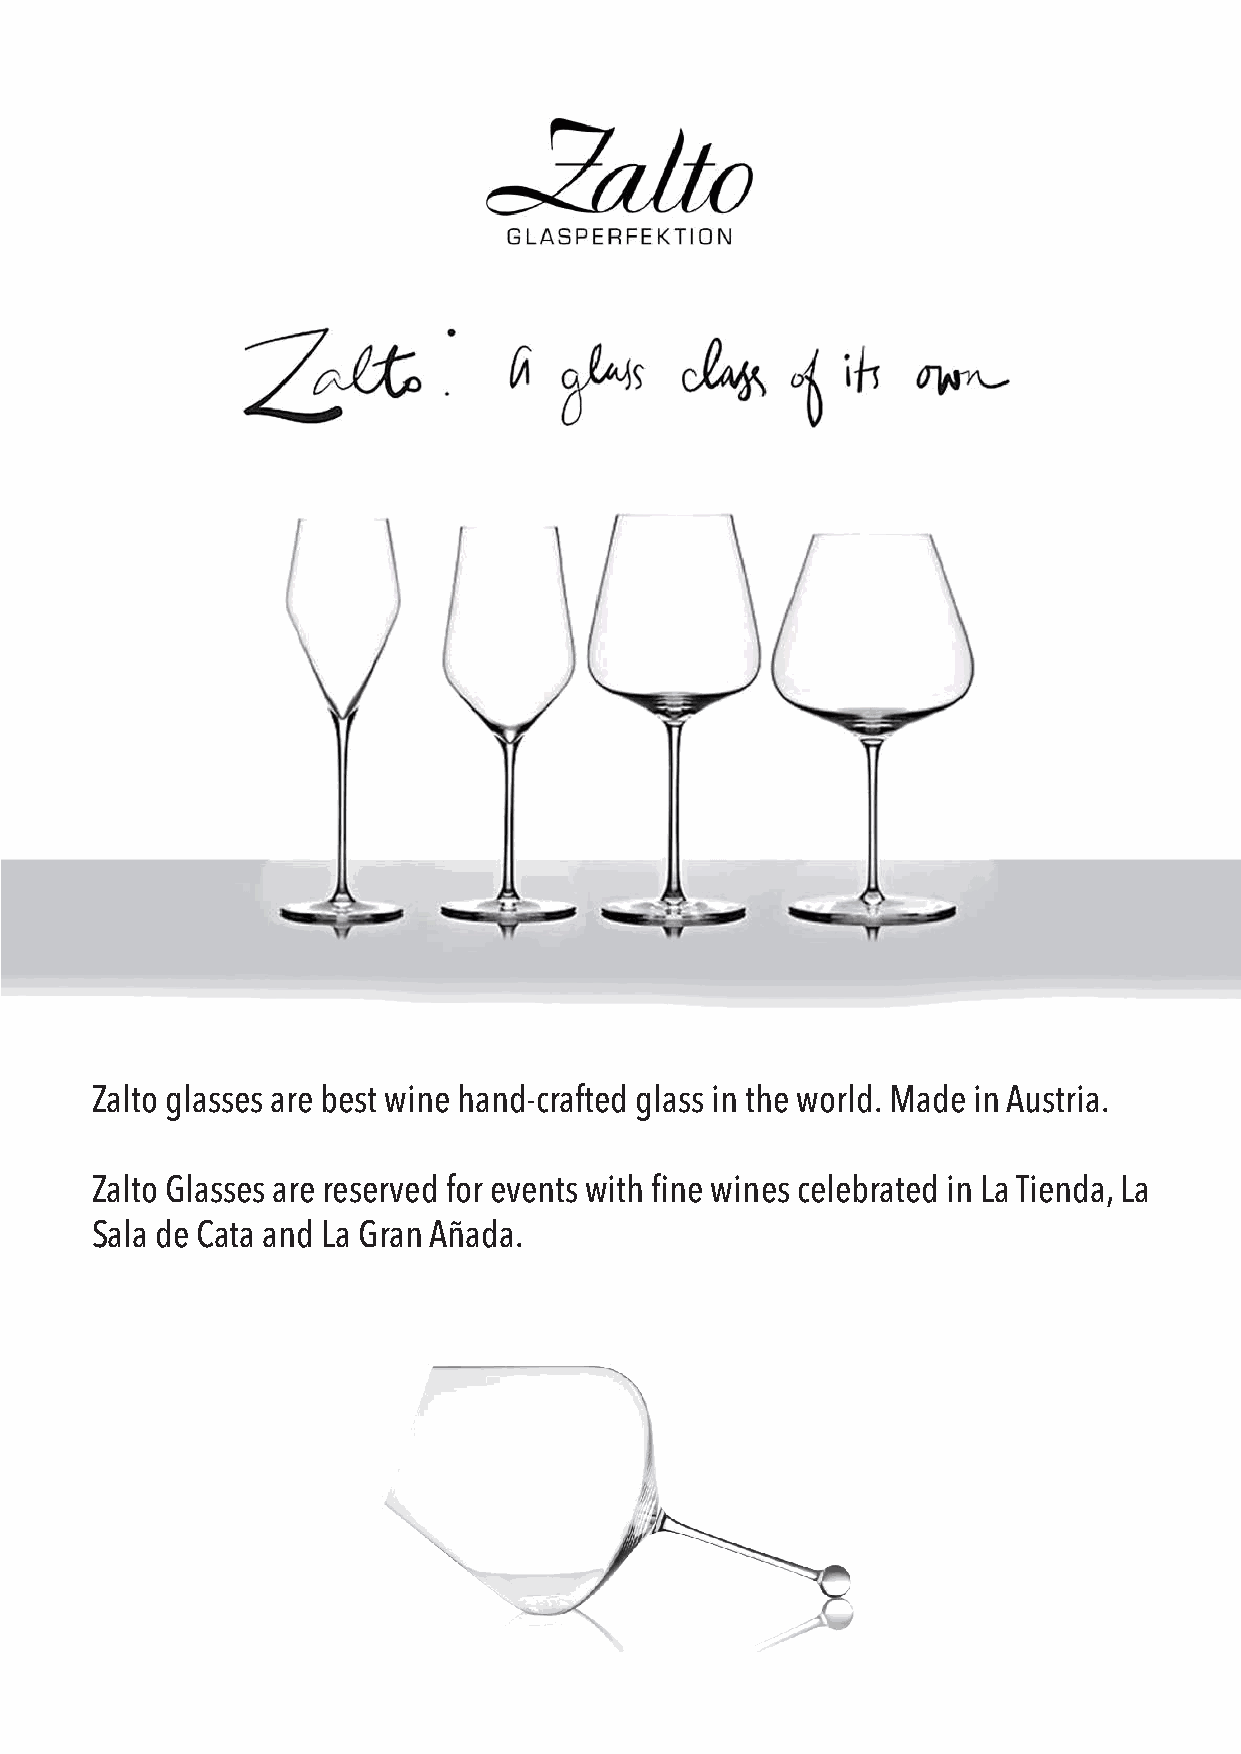
Zalto glasses are best wine hand-crafted glass in the world. Made in Austria.
 Zalto Glasses are reserved for events with fine wines celebrated in La Tienda, La
 Sala de Cata and La Gran Añada.